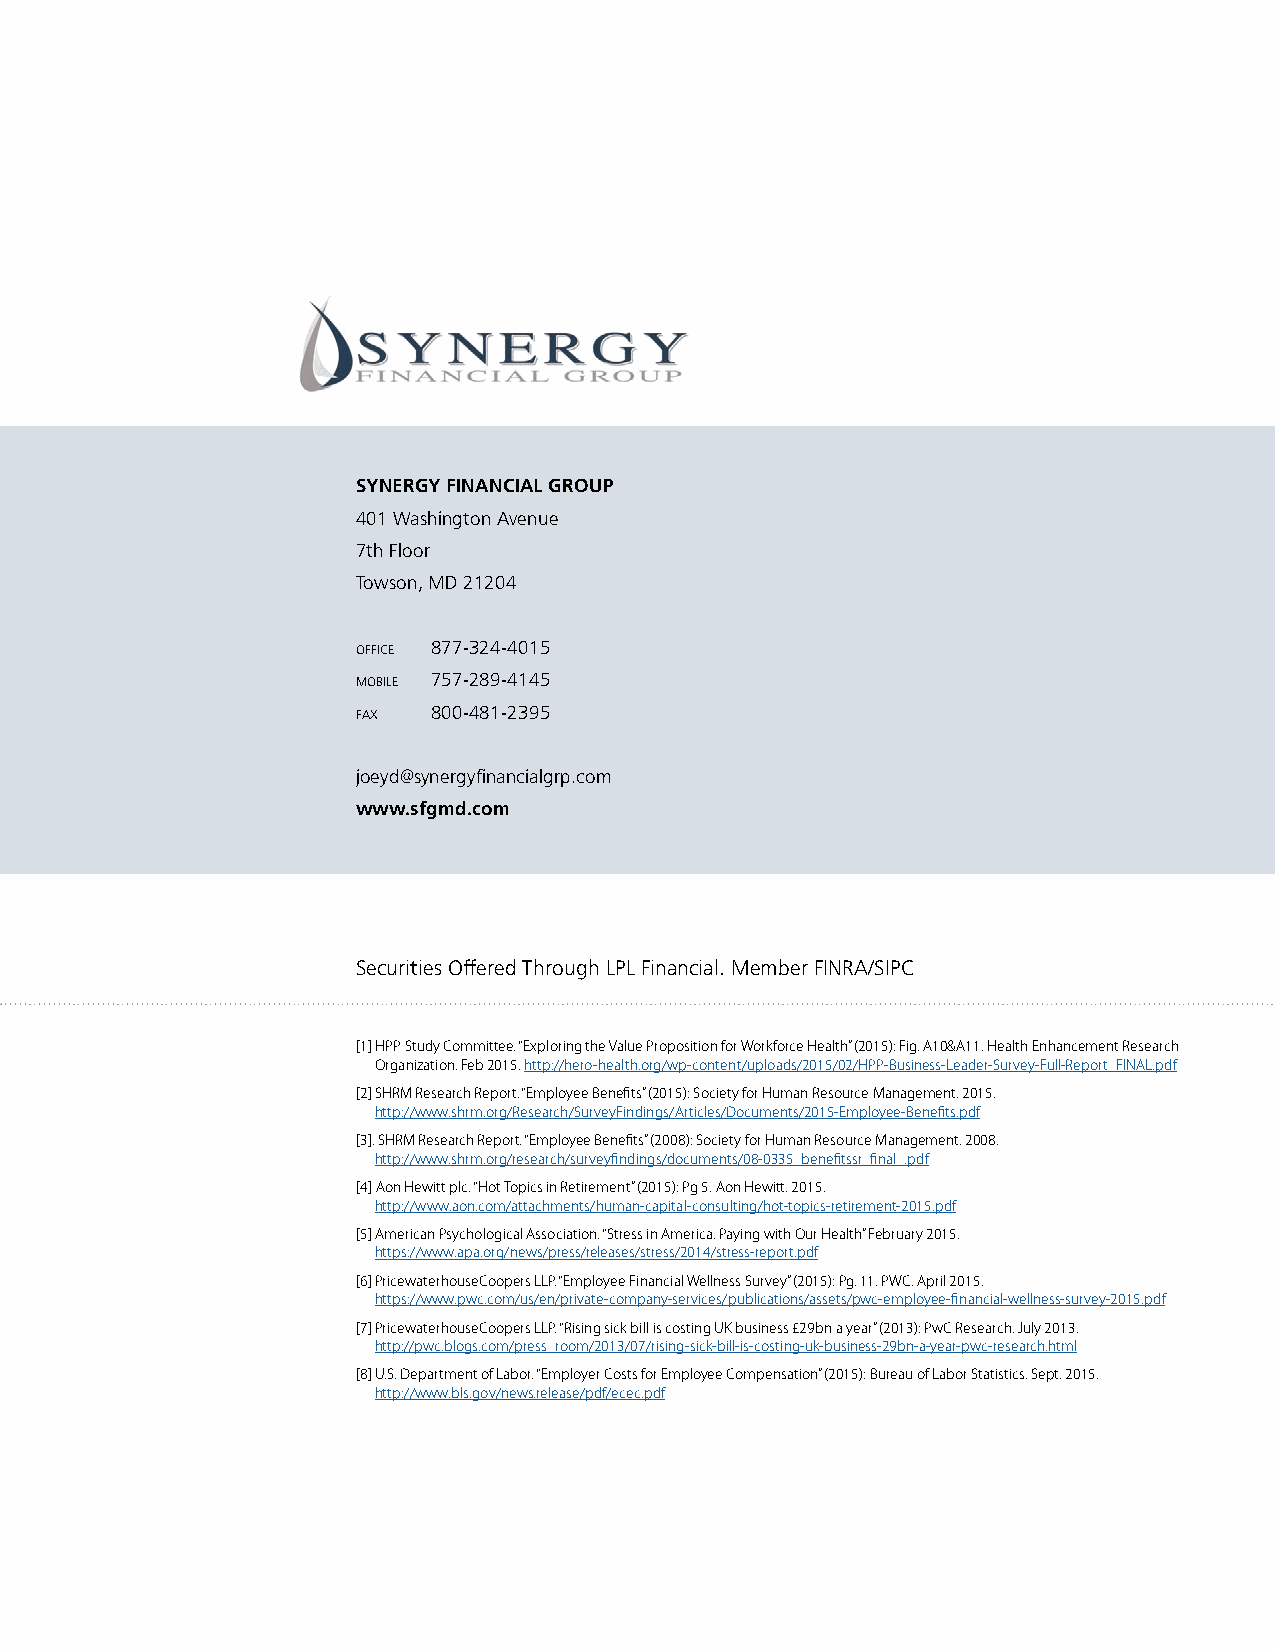
SYNERGY FINANCIAL GROUP
 401 Washington Avenue
 7th Floor
 Towson, MD 21204
 OFFICE 877-324-4015
 MOBILE 757-289-4145
 FAX  800-481-2395
 joeyd@synergyfinancialgrp.com
 www.sfgmd.com
 Securities Offered Through LPL Financial. Member FINRA/SIPC
 [1] HPP Study Committee. “Exploring the Value Proposition for Workforce Health” (2015): Fig. A10&A11. Health Enhancement Research
 Organization. Feb 2015. http://hero-health.org/wp-content/uploads/2015/02/HPP-Business-Leader-Survey-Full-Report_FINAL.pdf
 [2] SHRM Research Report. “Employee Benefits” (2015): Society for Human Resource Management. 2015.
 http://www.shrm.org/Research/SurveyFindings/Articles/Documents/2015-Employee-Benefits.pdf
 [3]. SHRM Research Report. “Employee Benefits” (2008): Society for Human Resource Management. 2008.
 http://www.shrm.org/research/surveyfindings/documents/08-0335_benefitssr_final_.pdf
 [4] Aon Hewitt plc. “Hot Topics in Retirement” (2015): Pg 5. Aon Hewitt. 2015.
 http://www.aon.com/attachments/human-capital-consulting/hot-topics-retirement-2015.pdf
 [5] American Psychological Association. “Stress in America. Paying with Our Health” February 2015.
 https://www.apa.org/news/press/releases/stress/2014/stress-report.pdf
 [6] PricewaterhouseCoopers LLP. “Employee Financial Wellness Survey” (2015): Pg. 11. PWC. April 2015.
 https://www.pwc.com/us/en/private-company-services/publications/assets/pwc-employee-financial-wellness-survey-2015.pdf
 [7] PricewaterhouseCoopers LLP. “Rising sick bill is costing UK business £29bn a year” (2013): PwC Research. July 2013.
 http://pwc.blogs.com/press_room/2013/07/rising-sick-bill-is-costing-uk-business-29bn-a-year-pwc-research.html
 [8] U.S. Department of Labor. “Employer Costs for Employee Compensation” (2015): Bureau of Labor Statistics. Sept. 2015.
 http://www.bls.gov/news.release/pdf/ecec.pdf